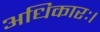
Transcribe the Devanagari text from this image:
अधिकारः।